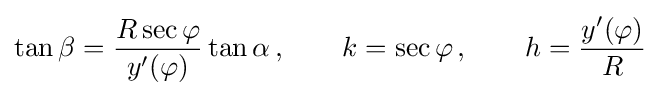
\tan \beta ={\frac {R\sec \varphi }{y'(\varphi )}}\tan \alpha \,,\qquad k=\sec \varphi \,,\qquad h={\frac {y'(\varphi )}{R}}